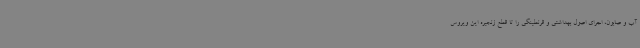
آب و صابون، اجرای اصول بهداشتی و قرنطینگی را تا قطع زنجیره این ویروس